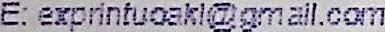
E: EXPRINTUOAKL@GMAIL.COM